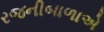
રજનીબાળાએ